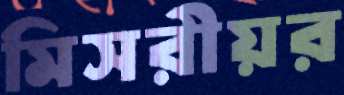
মিসরীয়র